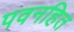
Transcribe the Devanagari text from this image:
पवनहित